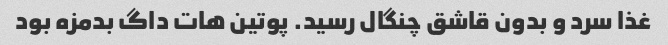
غذا سرد و بدون قاشق چنگال رسید. پوتین هات داگ بدمزه بود